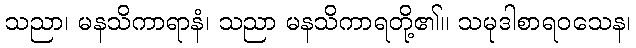
သညာ၊ မနသိကာရာနံ၊ သညာ မနသိကာရတို့၏။ သမုဒါစာရဝသေန၊